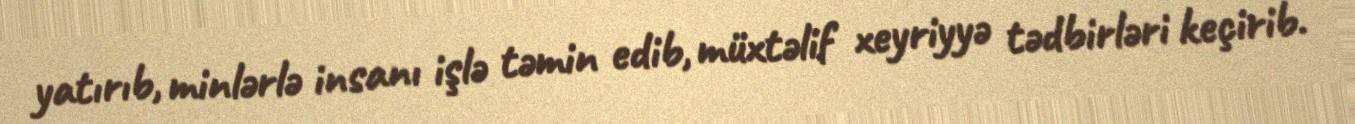
yatırıb, minlərlə insanı işlə təmin edib, müxtəlif xeyriyyə tədbirləri keçirib.